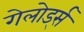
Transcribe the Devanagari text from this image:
गेलोर्ड्स